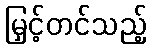
မြှင့်တင်သည့်